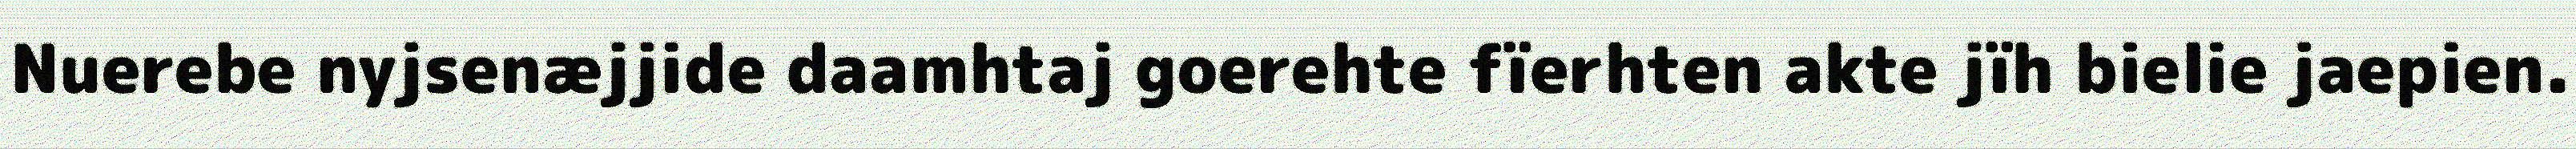
Nuerebe nyjsenæjjide daamhtaj goerehte fïerhten akte jïh bielie jaepien.